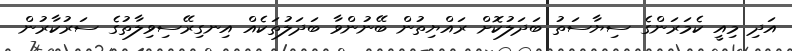
އަދި މިއީ ކެމަރަންގެ ސިޔާސަތު ބަދަލުކޮށް ރައްޔިތުން ބޭނުންވާ ބަދަލުތަކެއް އިނގިރޭސިވިލާތުގެ ސަރުކާރުން